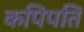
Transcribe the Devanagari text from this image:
कपिपति